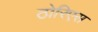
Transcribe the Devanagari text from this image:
ठोरिएस